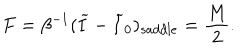
F = \beta ^ { - 1 } ( \widetilde I - \widetilde I _ { 0 } ) _ { s a d d l e } = { \frac { M } { 2 } } .